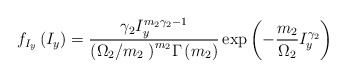
\begin{align*}{{f}_{{{I}_{y}}}}\left( {{I}_{y}} \right)=\frac{{{\gamma }_{2}}I_{y}^{{{m}_{2}}{{\gamma }_{2}}-1}}{{{\left( {{{\Omega }_{2}}}/{{{m}_{2}}}\; \right)}^{{{m}_{2}}}}\Gamma \left( {{m}_{2}} \right)}\exp \left( -\frac{{{m}_{2}}}{{{\Omega }_{2}}}I_{y}^{{{\gamma }_{2}}} \right)\end{align*}